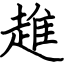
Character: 趡